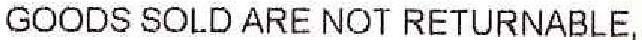
GOODS SOLD ARE NOT RETURNABLE,